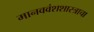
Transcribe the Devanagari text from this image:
मानववंशशास्त्राचा